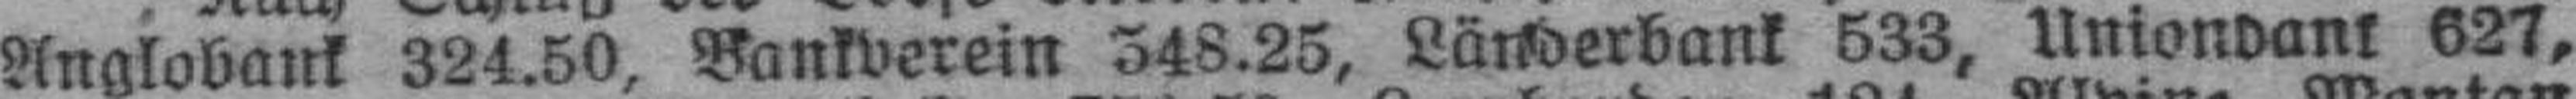
Anglobank 324.50, Bankverein 348.25, Länderbank 533, Uniondank 627,